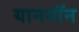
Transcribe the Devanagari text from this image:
यानगॉन